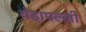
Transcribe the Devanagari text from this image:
येडापल्ली